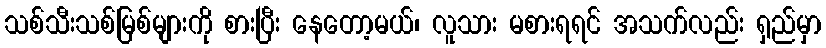
သစ်သီးသစ်မြစ်များကို စားပြီး နေတော့မယ်၊ လူသား မစားရရင် အသက်လည်း ရှည်မှာ